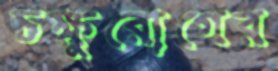
চক্ষুরোগের